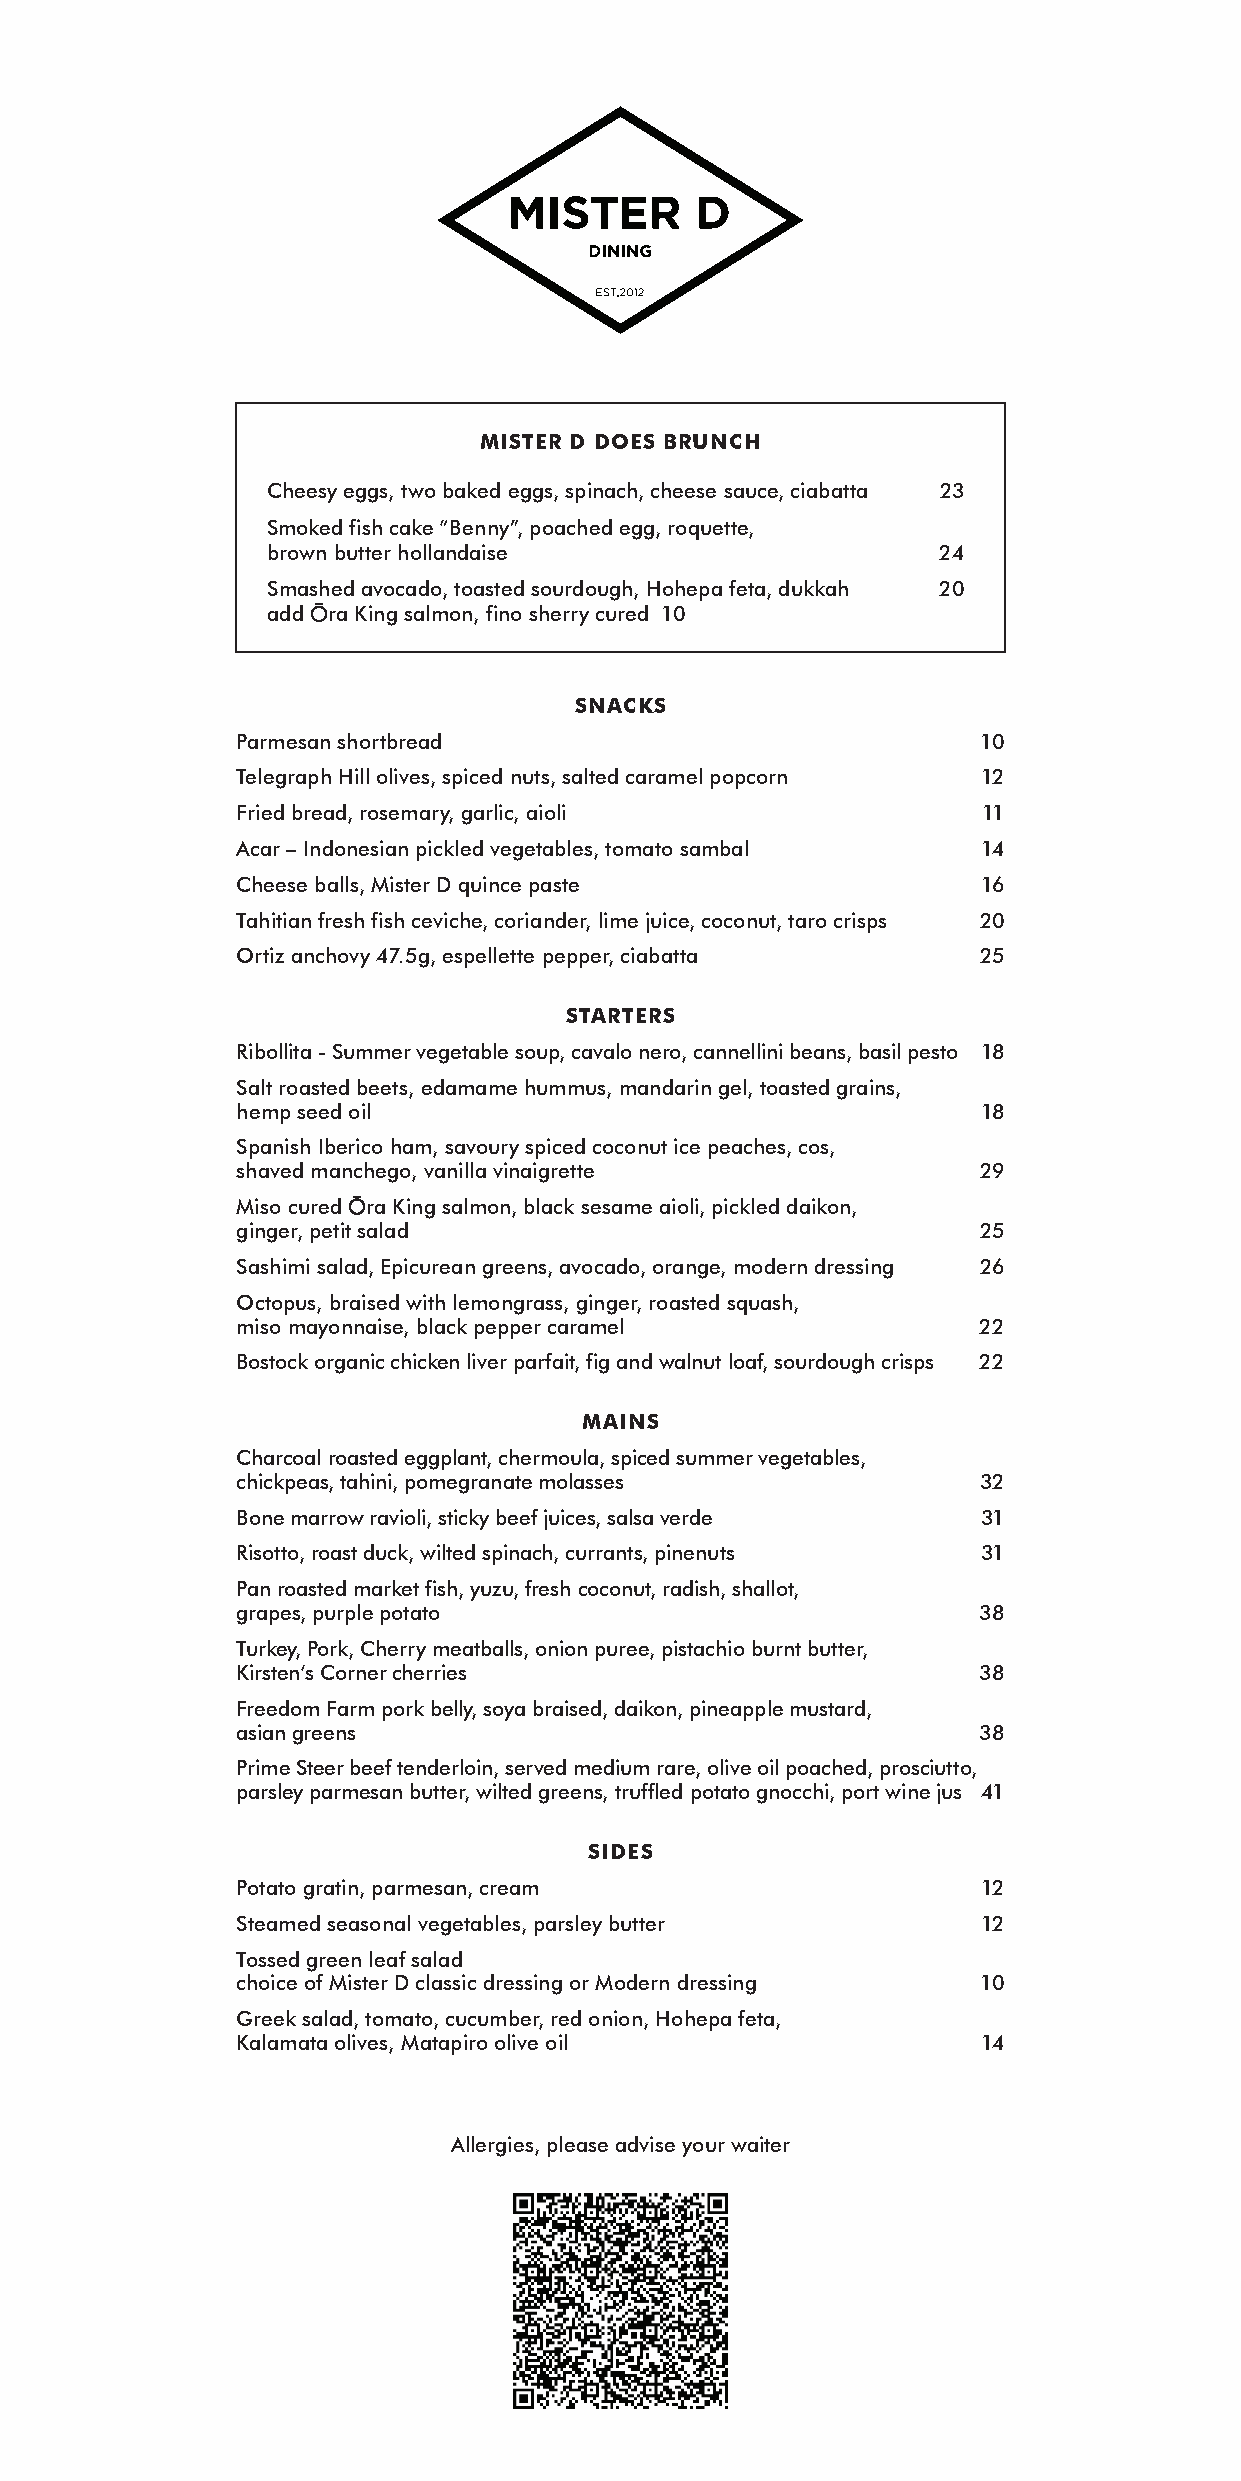
MiSter d doeS Brunch
 Cheesy eggs, two baked eggs, spinach, cheese sauce, ciabatta 23
 Smoked fish cake “Benny”, poached egg, roquette,
 brown butter hollandaise                    24
 Smashed avocado, toasted sourdough, Hohepa feta, dukkah 20
 add Ōra King salmon, fino sherry cured 10
 SnackS
 Parmesan shortbread                              10
 Telegraph Hill olives, spiced nuts, salted caramel popcorn 12
 Fried bread, rosemary, garlic, aioli             11
 Acar – Indonesian pickled vegetables, tomato sambal 14
 Cheese balls, Mister D quince paste              16
 Tahitian fresh fish ceviche, coriander, lime juice, coconut, taro crisps 20
 Ortiz anchovy 47.5g, espellette pepper, ciabatta 25
 StarterS
 Ribollita - Summer vegetable soup, cavalo nero, cannellini beans, basil pesto 18
 Salt roasted beets, edamame hummus, mandarin gel, toasted grains,
 hemp seed oil                                    18
 Spanish Iberico ham, savoury spiced coconut ice peaches, cos,
 shaved manchego, vanilla vinaigrette             29
 Miso cured Ōra King salmon, black sesame aioli, pickled daikon,
 ginger, petit salad                              25
 Sashimi salad, Epicurean greens, avocado, orange, modern dressing 26
 Octopus, braised with lemongrass, ginger, roasted squash,
 miso mayonnaise, black pepper caramel            22
 Bostock organic chicken liver parfait, fig and walnut loaf, sourdough crisps 22
 MainS
 Charcoal roasted eggplant, chermoula, spiced summer vegetables,
 chickpeas, tahini, pomegranate molasses          32
 Bone marrow ravioli, sticky beef juices, salsa verde 31
 Risotto, roast duck, wilted spinach, currants, pinenuts 31
 Pan roasted market fish, yuzu, fresh coconut, radish, shallot,
 grapes, purple potato                            38
 Turkey, Pork, Cherry meatballs, onion puree, pistachio burnt butter,
 Kirsten’s Corner cherries                        38
 Freedom Farm pork belly, soya braised, daikon, pineapple mustard,
 asian greens                                     38
 Prime Steer beef tenderloin, served medium rare, olive oil poached, prosciutto,
 parsley parmesan butter, wilted greens, truffled potato gnocchi, port wine jus 41
 SideS
 Potato gratin, parmesan, cream                   12
 Steamed seasonal vegetables, parsley butter      12
 Tossed green leaf salad
 choice of Mister D classic dressing or Modern dressing 10
 Greek salad, tomato, cucumber, red onion, Hohepa feta,
 Kalamata olives, Matapiro olive oil              14
 Allergies, please advise your waiter
 Mister D restaurant
 47 Tennyson Street, Napier South, Napier